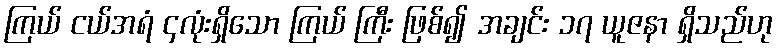
ကြယ် ငယ်အရံ ၄လုံးရှိသော ကြယ် ကြီး ဖြစ်၍ အချင်း ၁၇ ယူဇနာ ရှိသည်ဟု